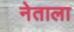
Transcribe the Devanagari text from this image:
नेताला